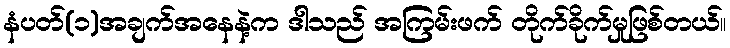
နံပတ်(၁)အချက်အနေနဲ့က ဒါသည် အကြမ်းဖက် တိုက်ခိုက်မှုဖြစ်တယ်။